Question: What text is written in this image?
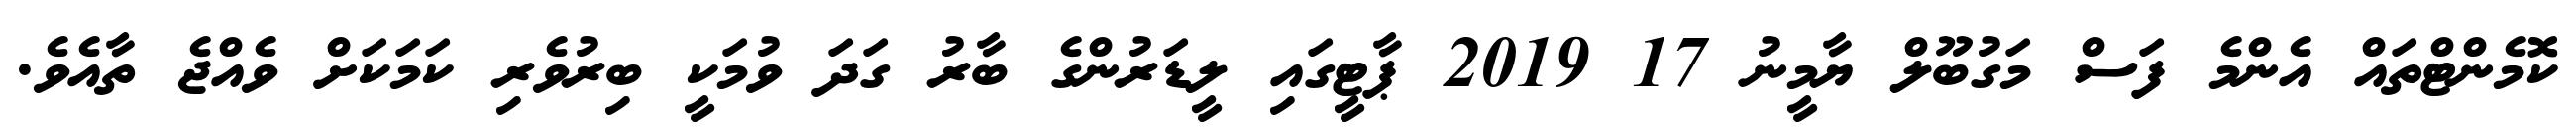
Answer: ކޮމެންޓްތައް އެންމެ ފަސް މަގުބޫލް ޔާމީނު 17 2019 ޕާޓީގައި ލީޑަރުންގެ ބާރު ގަދަ ވުމަކީ ބިރުވެރި ކަމަކަށް ވެއްޖެ ތާއެވެ.